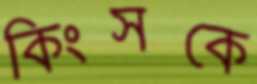
কিংসকে